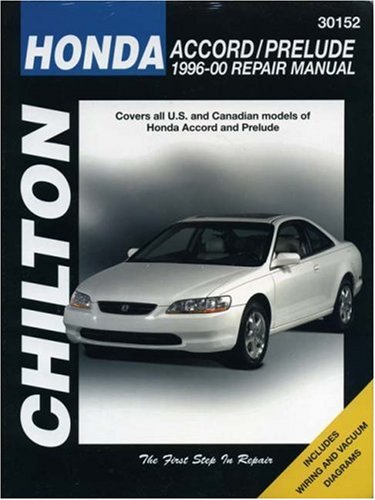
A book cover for Honda Accord and Prelude, 1996-00 (Chilton Total Car Care Series Manuals); Chilton; Engineering & Transportation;